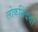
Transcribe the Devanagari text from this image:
लोकनिंदेची